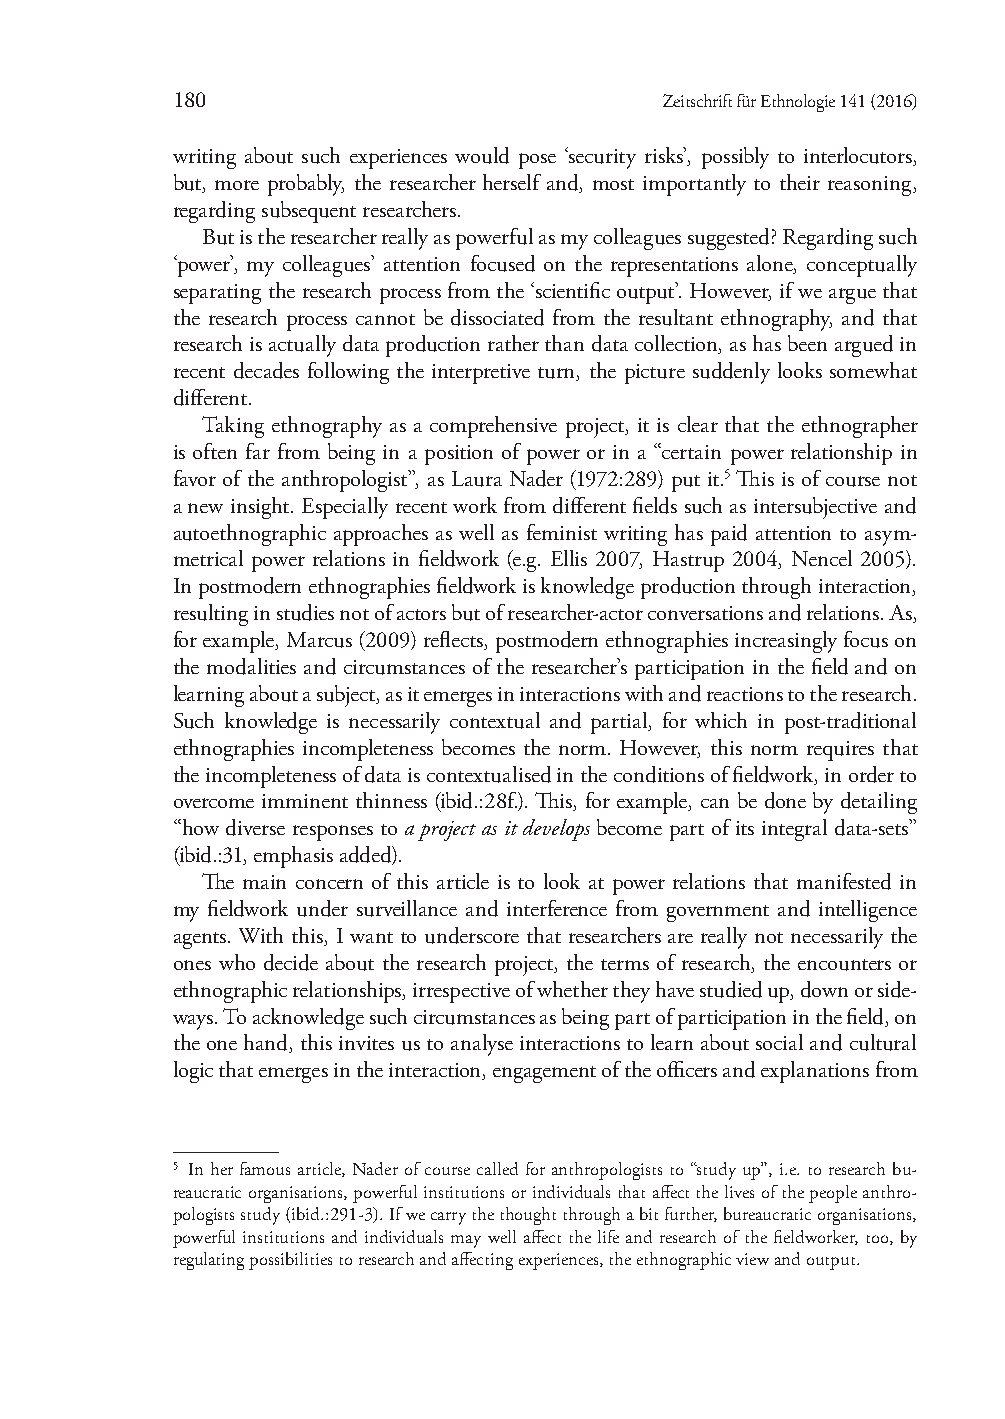
180                              Zeitschrift für Ethnologie 141 (2016)
 writing about such experiences would pose ‘security risks’, possibly to interlocutors,
 but, more probably, the researcher herself and, most importantly to their reasoning,
 regarding subsequent researchers.
 But is the researcher really as powerful as my colleagues suggested? Regarding such
 ‘power’, my colleagues’ attention focused on the representations alone, conceptually
 separating the research process from the ‘scientific output’. However, if we argue that
 the research process cannot be dissociated from the resultant ethnography, and that
 research is actually data production rather than data collection, as has been argued in
 recent decades following the interpretive turn, the picture suddenly looks somewhat
 different.
 Taking ethnography as a comprehensive project, it is clear that the ethnographer
 is often far from being in a position of power or in a “certain power relationship in
 favor of the anthropologist”, as Laura Nader (1972:289) put it.5 This is of course not
 a new insight. Especially recent work from different fields such as intersubjective and
 autoethnographic approaches as well as feminist writing has paid attention to asym-
 metrical power relations in fieldwork (e.g. Ellis 2007, Hastrup 2004, Nencel 2005).
 In postmodern ethnographies fieldwork is knowledge production through interaction,
 resulting in studies not of actors but of researcher-actor conversations and relations. As,
 for example, Marcus (2009) reflects, postmodern ethnographies increasingly focus on
 the modalities and circumstances of the researcher’s participation in the field and on
 learning about a subject, as it emerges in interactions with and reactions to the research.
 Such knowledge is necessarily contextual and partial, for which in post-traditional
 ethnographies incompleteness becomes the norm. However, this norm requires that
 the incompleteness of data is contextualised in the conditions of fieldwork, in order to
 overcome imminent thinness (ibid.:28f.). This, for example, can be done by detailing
 “how diverse responses to a project as it develops become part of its integral data-sets”
 (ibid.:31, emphasis added).
 The main concern of this article is to look at power relations that manifested in
 my fieldwork under surveillance and interference from government and intelligence
 agents. With this, I want to underscore that researchers are really not necessarily the
 ones who decide about the research project, the terms of research, the encounters or
 ethnographic relationships, irrespective of whether they have studied up, down or side-
 ways. To acknowledge such circumstances as being part of participation in the field, on
 the one hand, this invites us to analyse interactions to learn about social and cultural
 logic that emerges in the interaction, engagement of the officers and explanations from
 5 In her famous article, Nader of course called for anthropologists to “study up”, i.e. to research bu-
 reaucratic organisations, powerful institutions or individuals that affect the lives of the people anthro-
 pologists study (ibid.:291-3). If we carry the thought through a bit further, bureaucratic organisations,
 powerful institutions and individuals may well affect the life and research of the fieldworker, too, by
 regulating possibilities to research and affecting experiences, the ethnographic view and output.